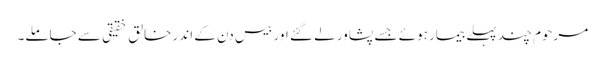
مرحوم چند پہلے بیمار ہوئے جسے پشاور لے گئے اور بیس دن کے اندر خالق خقیقی سے جاملے۔